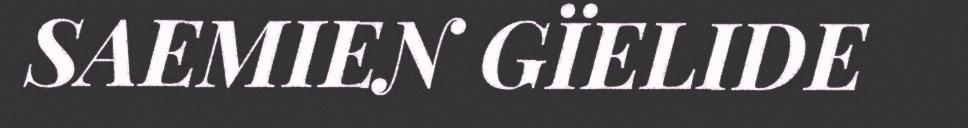
SAEMIEN GÏELIDE